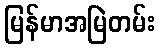
မြန်မာအမြဲတမ်း